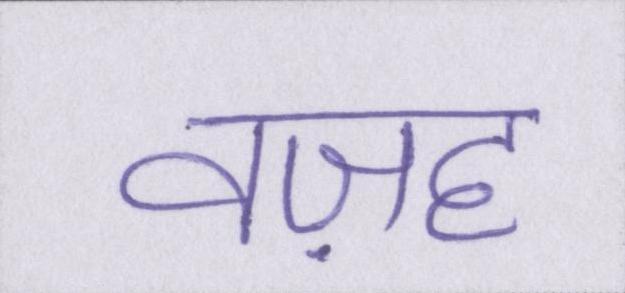
वज़ह